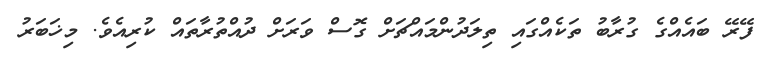
ފޭރޭ ބައެއްގެ ގުރާބު ތަކެއްގައި ތިލަދުންމައްޗަށް ގޮސް ވަރަށް ދުއްތުރާތައް ކުރިއެވެ. މިޚަބަރު